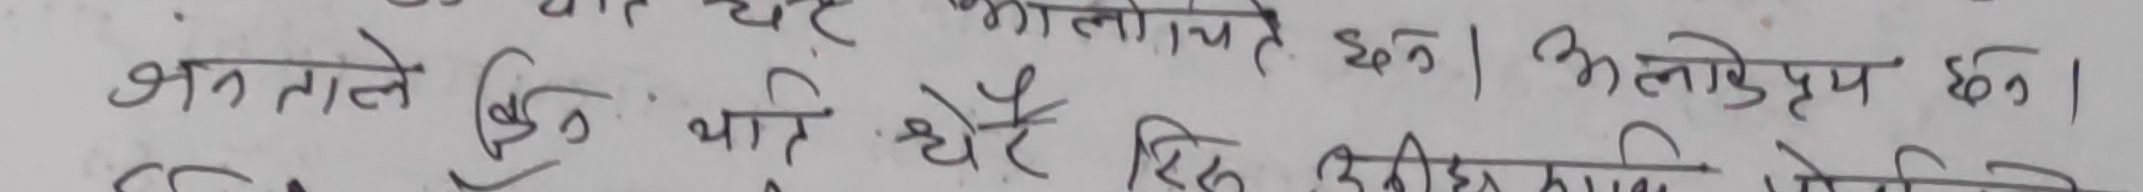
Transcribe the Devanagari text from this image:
जनताले किन प्रतिधेध डिसी